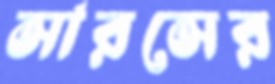
সারসের